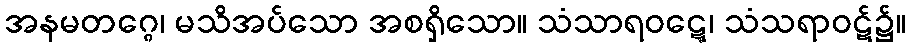
အနမတဂ္ဂေ၊ မသိအပ်သော အစရှိသော။ သံသာရဝဋ္ဋေ၊ သံသရာဝဋ်၌။